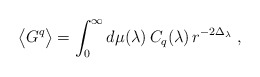
\begin{align*}\big\langle G^q \big\rangle = \int_0^\infty d\mu(\lambda)\, C_q(\lambda) \, r^{-2\Delta_\lambda} \;, \end{align*}